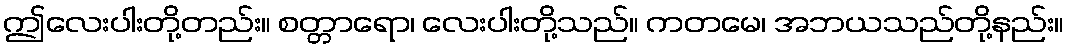
ဤလေးပါးတို့တည်း။ စတ္တာရော၊ လေးပါးတို့သည်။ ကတမေ၊ အဘယသည်တို့နည်း။